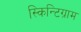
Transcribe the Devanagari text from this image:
स्किन्टिग्राम